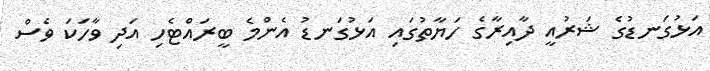
އަޅުގަނޑުގެ ޝަރުއީ ދާއިރާގެ ހަޔާތުގައި އަޅުގަނޑު އެންމެ ބީރައްޓެހި އަދި ވާހަކަ ވެސް